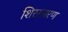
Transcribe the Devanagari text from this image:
शिरस्त्रारण